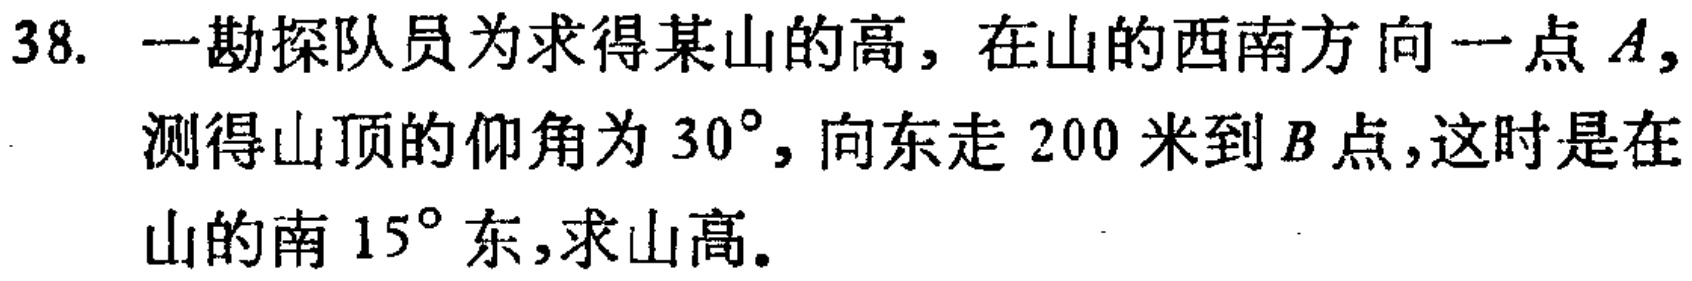
38. 一勘探队员为求得某山的高，在山的西南方向一点\(A\)，测得山顶的仰角为\(30^{\circ}\)，向东走\(200\)米到\(B\)点，这时是在山的南\(15^{\circ}\)东，求山高。